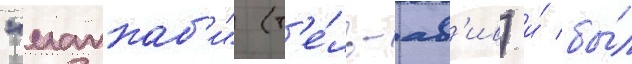
"маккаб'и" (т'е́ль-ав'ив) и́ бы́л